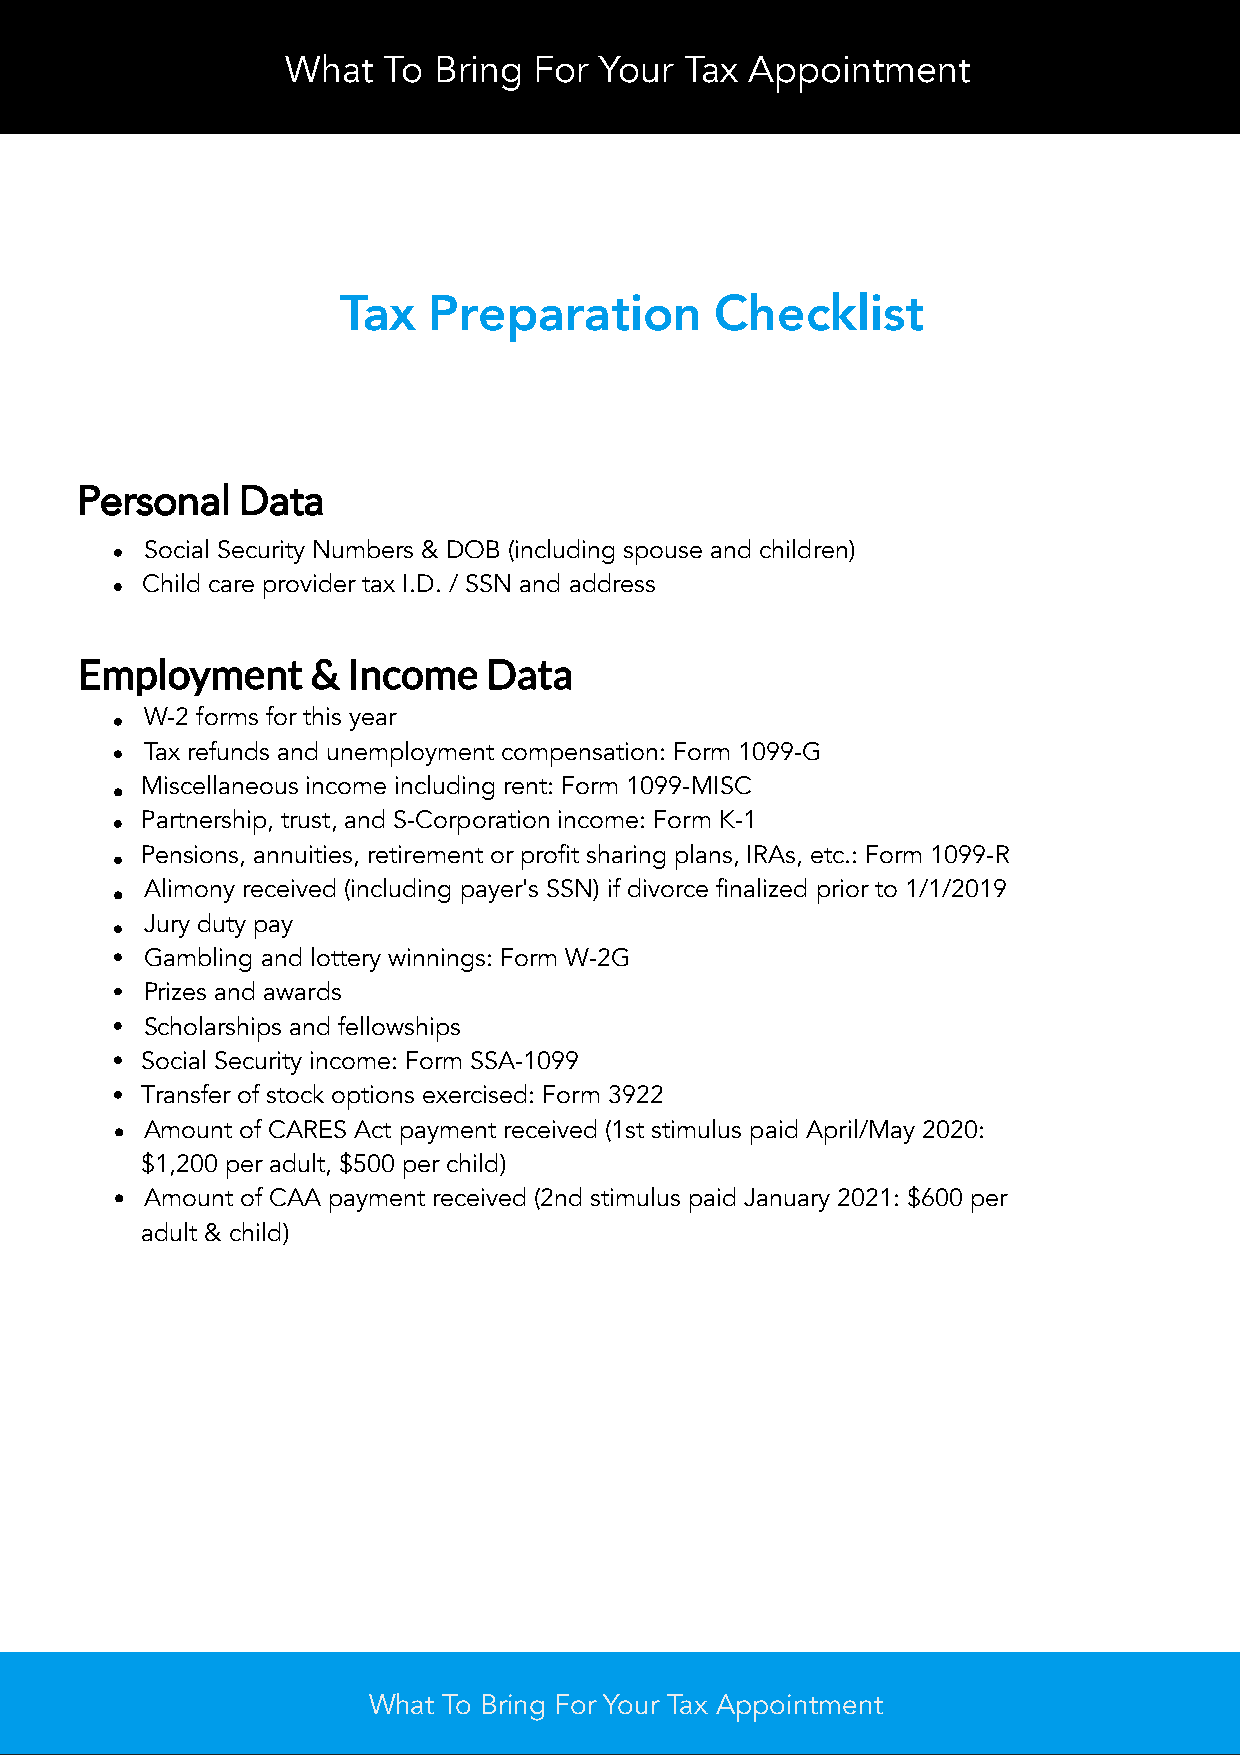
What  To  Bring For  Your Tax  Appointment
 Tax   Preparation        Checklist
 Personal   Data
 Social Security Numbers & DOB (including spouse and children)
 Child care provider tax I.D. / SSN and address
 Employment      & Income   Data
 W-2 forms for this year
 Tax refunds and unemployment compensation: Form 1099-G
 Miscellaneous income including rent: Form 1099-MISC
 •
 Partnership, trust, and S-Corporation income: Form K-1
 Pensions, annuities, retirement or profit sharing plans, IRAs, etc.: Form 1099-R
 Alimony received (including payer's SSN) if divorce finalized prior to 1/1/2019
 •
 Jury duty pay
 Gambling and lottery winnings: Form W-2G
 Prizes and awards
 Scholarships and fellowships
 Social Security income: Form SSA-1099
 Transfer of stock options exercised: Form 3922
 • Amount of CARES Act payment received (1st stimulus paid April/May 2020:
 $1,200 per adult, $500 per child)
 • Amount of CAA payment received (2nd stimulus paid January 2021: $600 per
 adult & child)
 What To Bring For Your Tax Appointment